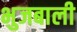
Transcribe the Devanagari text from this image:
भुजबाली